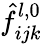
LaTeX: \hat{f}_{ijk}^{l,0}